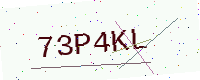
Text: 73P4KL